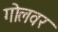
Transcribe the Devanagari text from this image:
गोलवर